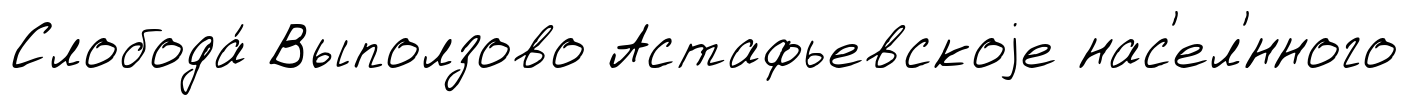
Слобода́ Выползово Астафьевскоjе нас'ел'́нного